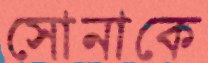
সোনাকে